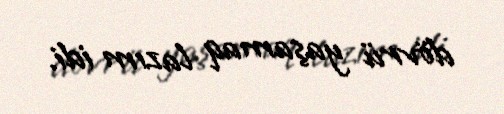
dövrü yaşamaq lazım idi.